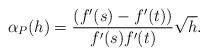
LaTeX: \begin{align*} \begin{aligned}\alpha_P(h)=\frac{(f'(s)-f'(t))}{f'(s)f'(t)}\sqrt{h}. \end{aligned} \end{align*}